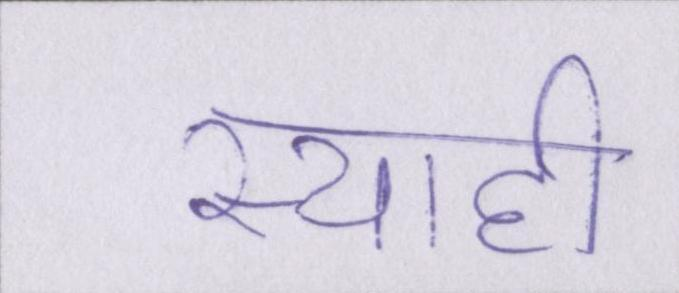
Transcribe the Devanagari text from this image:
स्याही